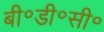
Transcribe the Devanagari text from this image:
बी॰डी॰सी॰